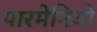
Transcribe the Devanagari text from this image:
पारमेनियो